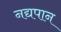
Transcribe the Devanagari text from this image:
नद्यपान